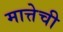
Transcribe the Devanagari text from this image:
मात्तेची